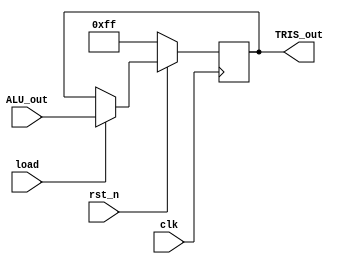
module TRIS_reg(input clk,rst_n,load,
                input[7:0] ALU_out,
                output[7:0] TRIS_out);
       reg[7:0] TRIS_reg;
       assign TRIS_out=TRIS_reg;
       always@(posedge clk)
         if(!rst_n)
           TRIS_reg<=8'hFF;
         else if(load)
           TRIS_reg<=ALU_out;
endmodule